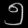
Digit: ၅